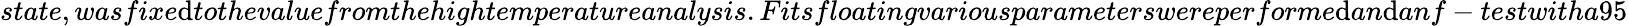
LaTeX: state,wasfixe\mathrm{d}tothevaluefromthehightemperatureanalysis.Fitsfloatingvariousparameterswereperforme\mathrm{d}an\mathrm{d}anf-testwitha95